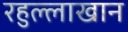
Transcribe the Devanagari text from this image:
रहुल्लाखान